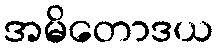
အမိတောဒယ